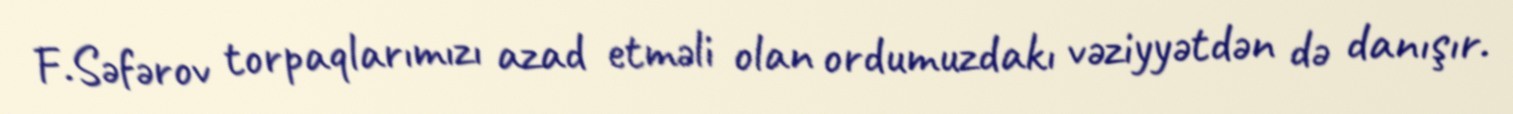
F.Səfərov torpaqlarımızı azad etməli olan ordumuzdakı vəziyyətdən də danışır.